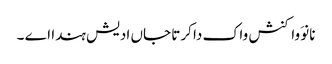
نانوَ واکنش واک دا کرتا جاں ادیش ہندا اے ۔